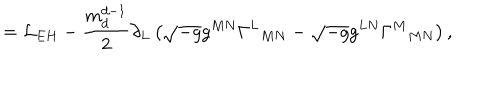
= \mathcal { L } _ { E H } - \frac { m _ { d } ^ { d - 1 } } { 2 } \partial _ { L } \left( \sqrt { - g } g ^ { M N } \Gamma ^ { L } { } _ { M N } - \sqrt { - g } g ^ { L N } \Gamma ^ { M } { } _ { M N } \right) ,